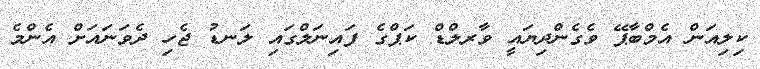
ކިލިއަން އެމްބާޕޭ ވެގެންދިޔައީ ވާރލްޑް ކަޕްގެ ފައިނަލްގައި ލަނޑު ޖެހި ދެވަނައަށް އެންމެ